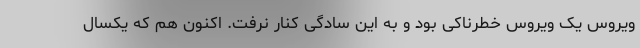
ویروس یک ویروس خطرناکی بود و به این سادگی کنار نرفت. اکنون هم که یکسال